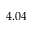
4 . 0 4